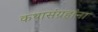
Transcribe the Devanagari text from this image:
कथासंग्रहांना